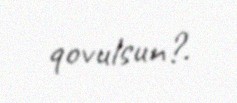
qovulsun?.